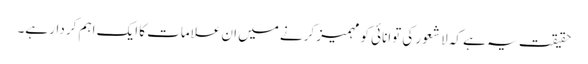
حقیقت یہ ہے کہ لا شعور کی توانائی کو مہمیز کرنے میں ان علامات کا ایک اہم کر دار ہے۔